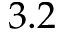
3 . 2